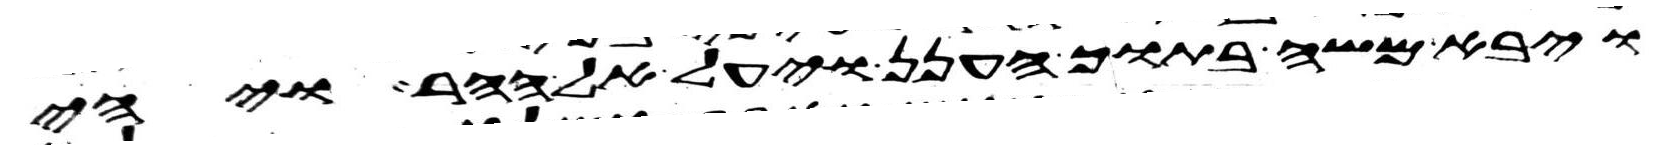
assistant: ויבא משה בתוך הענן ויעל אל ההר ויהי